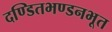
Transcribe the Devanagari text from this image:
दण्डितभण्डनभूत